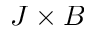
J \times B